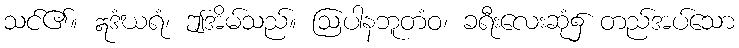
သင်၏။ ဣဒံဃရံ၊ ဤအိမ်သည်။ ဩပါနဘူတံဝ၊ ခရီးလေးဆုံ၌ တည်အပ်သော